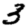
Digit: 3